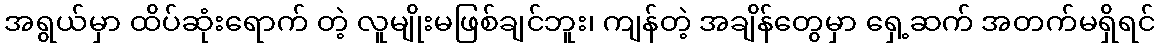
အရွယ်မှာ ထိပ်ဆုံးရောက် တဲ့ လူမျိုးမဖြစ်ချင်ဘူး၊ ကျန်တဲ့ အချိန်တွေမှာ ရှေ့ဆက် အတက်မရှိရင်